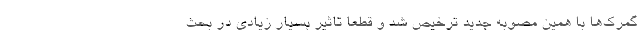
گمرک‌ها با همین مصوبه جدید ترخیص شد و قطعا تاثیر بسیار زیادی در بحث